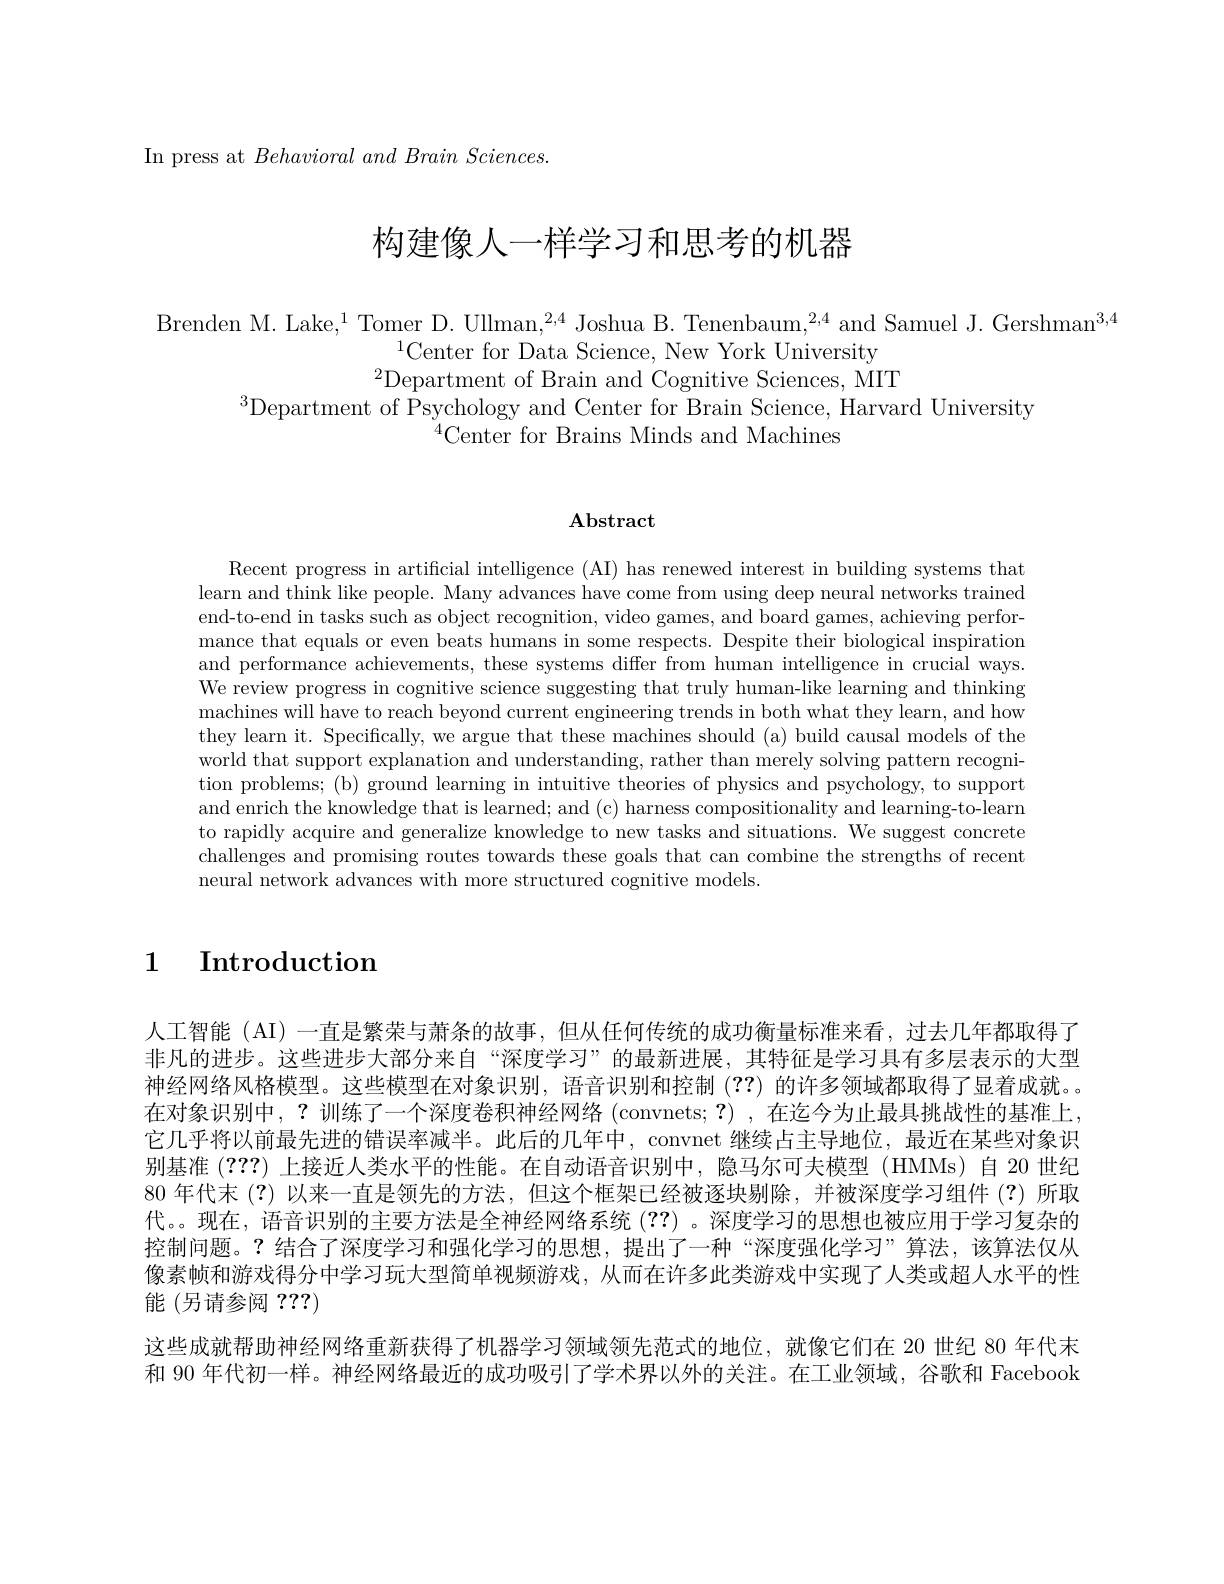
In press at $Behavioral\textit{and Brain Sciences. }$

# 构建像人一样学习和思考的机器

Brenden M. Lake,$^1$Tomer D. Ullman,$^2,4$ Joshua B. Tenenbaum,$^2,4$ and Samuel J. Gershman$^3,4$
$^{1}$Center for Data Science, New York University
$^{2}$Department of Brain and Cognitive Sciences, MIT
$^{3}$Department of Psychology and Center for Brain Science, Harvard University
$^{4}$Center for Brains Minds and Machines

## $\mathbf{Abstract}$

Recent progress in artificial intelligence (AI) has renewed interest in building systems that learn and think like people. Many advances have come from using deep neural networks trained end-to-end in tasks such as object recognition, video games, and board games, achieving performance that equals or even beats humans in some respects. Despite their biological inspiration and performance achievements, these systems differ from human intelligence in crucial ways We review progress in cognitive science suggesting that truly human-like learning and thinking machines will have to reach beyond current engineering trends in both what they learn, and how they learn it. Specifically, we argue that these machines should (a) build causal models of the world that support explanation and understanding, rather than merely solving pattern recogniand enrich the knowledge that is learned; and (c) harness compositionality and learning-to-learm to rapidly acquire and generalize knowledge to new tasks and situations. We suggest concrete challenges and promising routes towards these goals that can combine the strengths of recent neural network advances with more structured cognitive models.

1 Introduction

人工智能 (AI) 一直是繁荣与萧条的故事，但从任何传统的成功衡量标准来看，过去几年都取得了非凡的进步。这些进步大部分来自“深度学习”的最新进展，其特征是学习具有多层表示的大型神经网络风格模型。这些模型在对象识别，语音识别和控制(??)的许多领域都取得了显着成就。。在对象识别中，?训练了一个深度卷积神经网络 (convnets;?) ,在迄今为止最具挑战性的基准上， 它几乎将以前最先进的错误率减半。此后的几年中，convnet 继续占主导地位，最近在某些对象识别基准(???)上接近人类水平的性能。在自动语音识别中，隐马尔可夫模型 (HMMs)自 20 世纪80 年代末 (?) 以来一直是领先的方法，但这个框架已经被逐块剔除，并被深度学习组件 (?)所取代。现在，语音识别的主要方法是全神经网络系统(??) 。深度学习的思想也被应用于学习复杂的控制问题。?结合了深度学习和强化学习的思想，提出了一种“深度强化学习”算法，该算法仅从像素帧和游戏得分中学习玩大型简单视频游戏，从而在许多此类游戏中实现了人类或超人水平的性能 (另请参阅 ???)
这些成就帮助神经网络重新获得了机器学习领域领先范式的地位，就像它们在 20 世纪 80 年代末和 90 年代初一样。神经网络最近的成功吸引了学术界以外的关注。在工业领域，谷歌和 Facebook